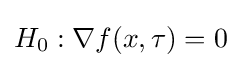
H_{0}:\nabla f(x,\tau )=0